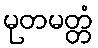
မုတမတ္တံ